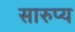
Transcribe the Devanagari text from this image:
सारुप्य